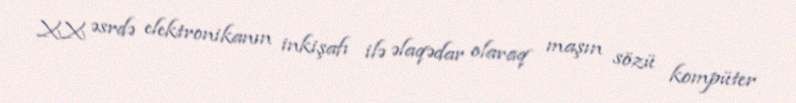
XX əsrdə elektronikanın inkişafı ilə əlaqədar olaraq maşın sözü kompüter